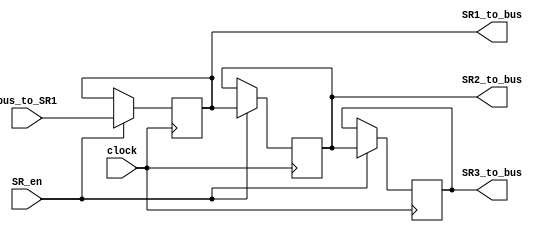
module shift_registers(input wire [7:0] bus_to_SR1,
                       input clock,
                       input SR_en,
					   output wire [7:0] SR1_to_bus,
					   output wire [7:0] SR2_to_bus,
					   output wire [7:0] SR3_to_bus);

reg [7:0] SR1;
reg [7:0] SR2;
reg [7:0] SR3;
	
assign SR1_to_bus = SR1;
assign SR2_to_bus = SR2;
assign SR3_to_bus = SR3;
						  
always@(posedge clock)
begin  
    case (SR_en)
        1:
        begin
		  SR3 <= SR2;
		  SR2 <= SR1;
		  SR1 <= bus_to_SR1;
		end
	endcase
end
endmodule